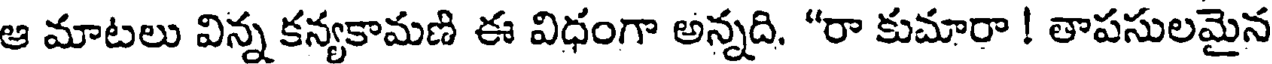
ఆ మాటలు విన్న కన్యకామణి ఈ విధంగా అన్నది. "రా కుమారా ! తాపసులమైన